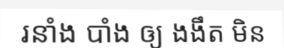
រនាំង បាំង ឲ្យ ងងឹត មិន